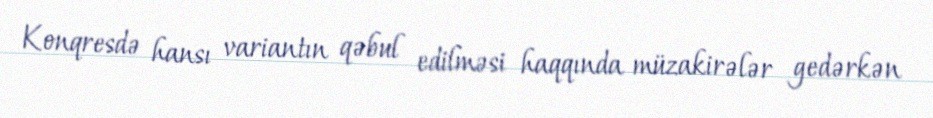
Konqresdə hansı variantın qəbul edilməsi haqqında müzakirələr gedərkən